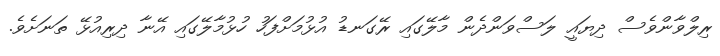
ރިލްވާންވެސް ދިޔައީ ލަސްވަންދެން މާލޭގައި ރޭގަނޑު އުޅުމަށްފަހު ހުޅުމާލޭގައި އޭނާ ދިރިއުޅޭ ތަނަށެވެ.